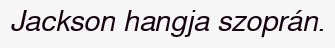
Jackson hangja szoprán.